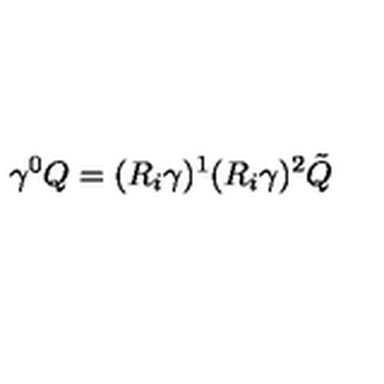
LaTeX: \gamma ^ { 0 } Q = ( R _ { i } \gamma ) ^ { 1 } ( R _ { i } \gamma ) ^ { 2 } \tilde { Q }